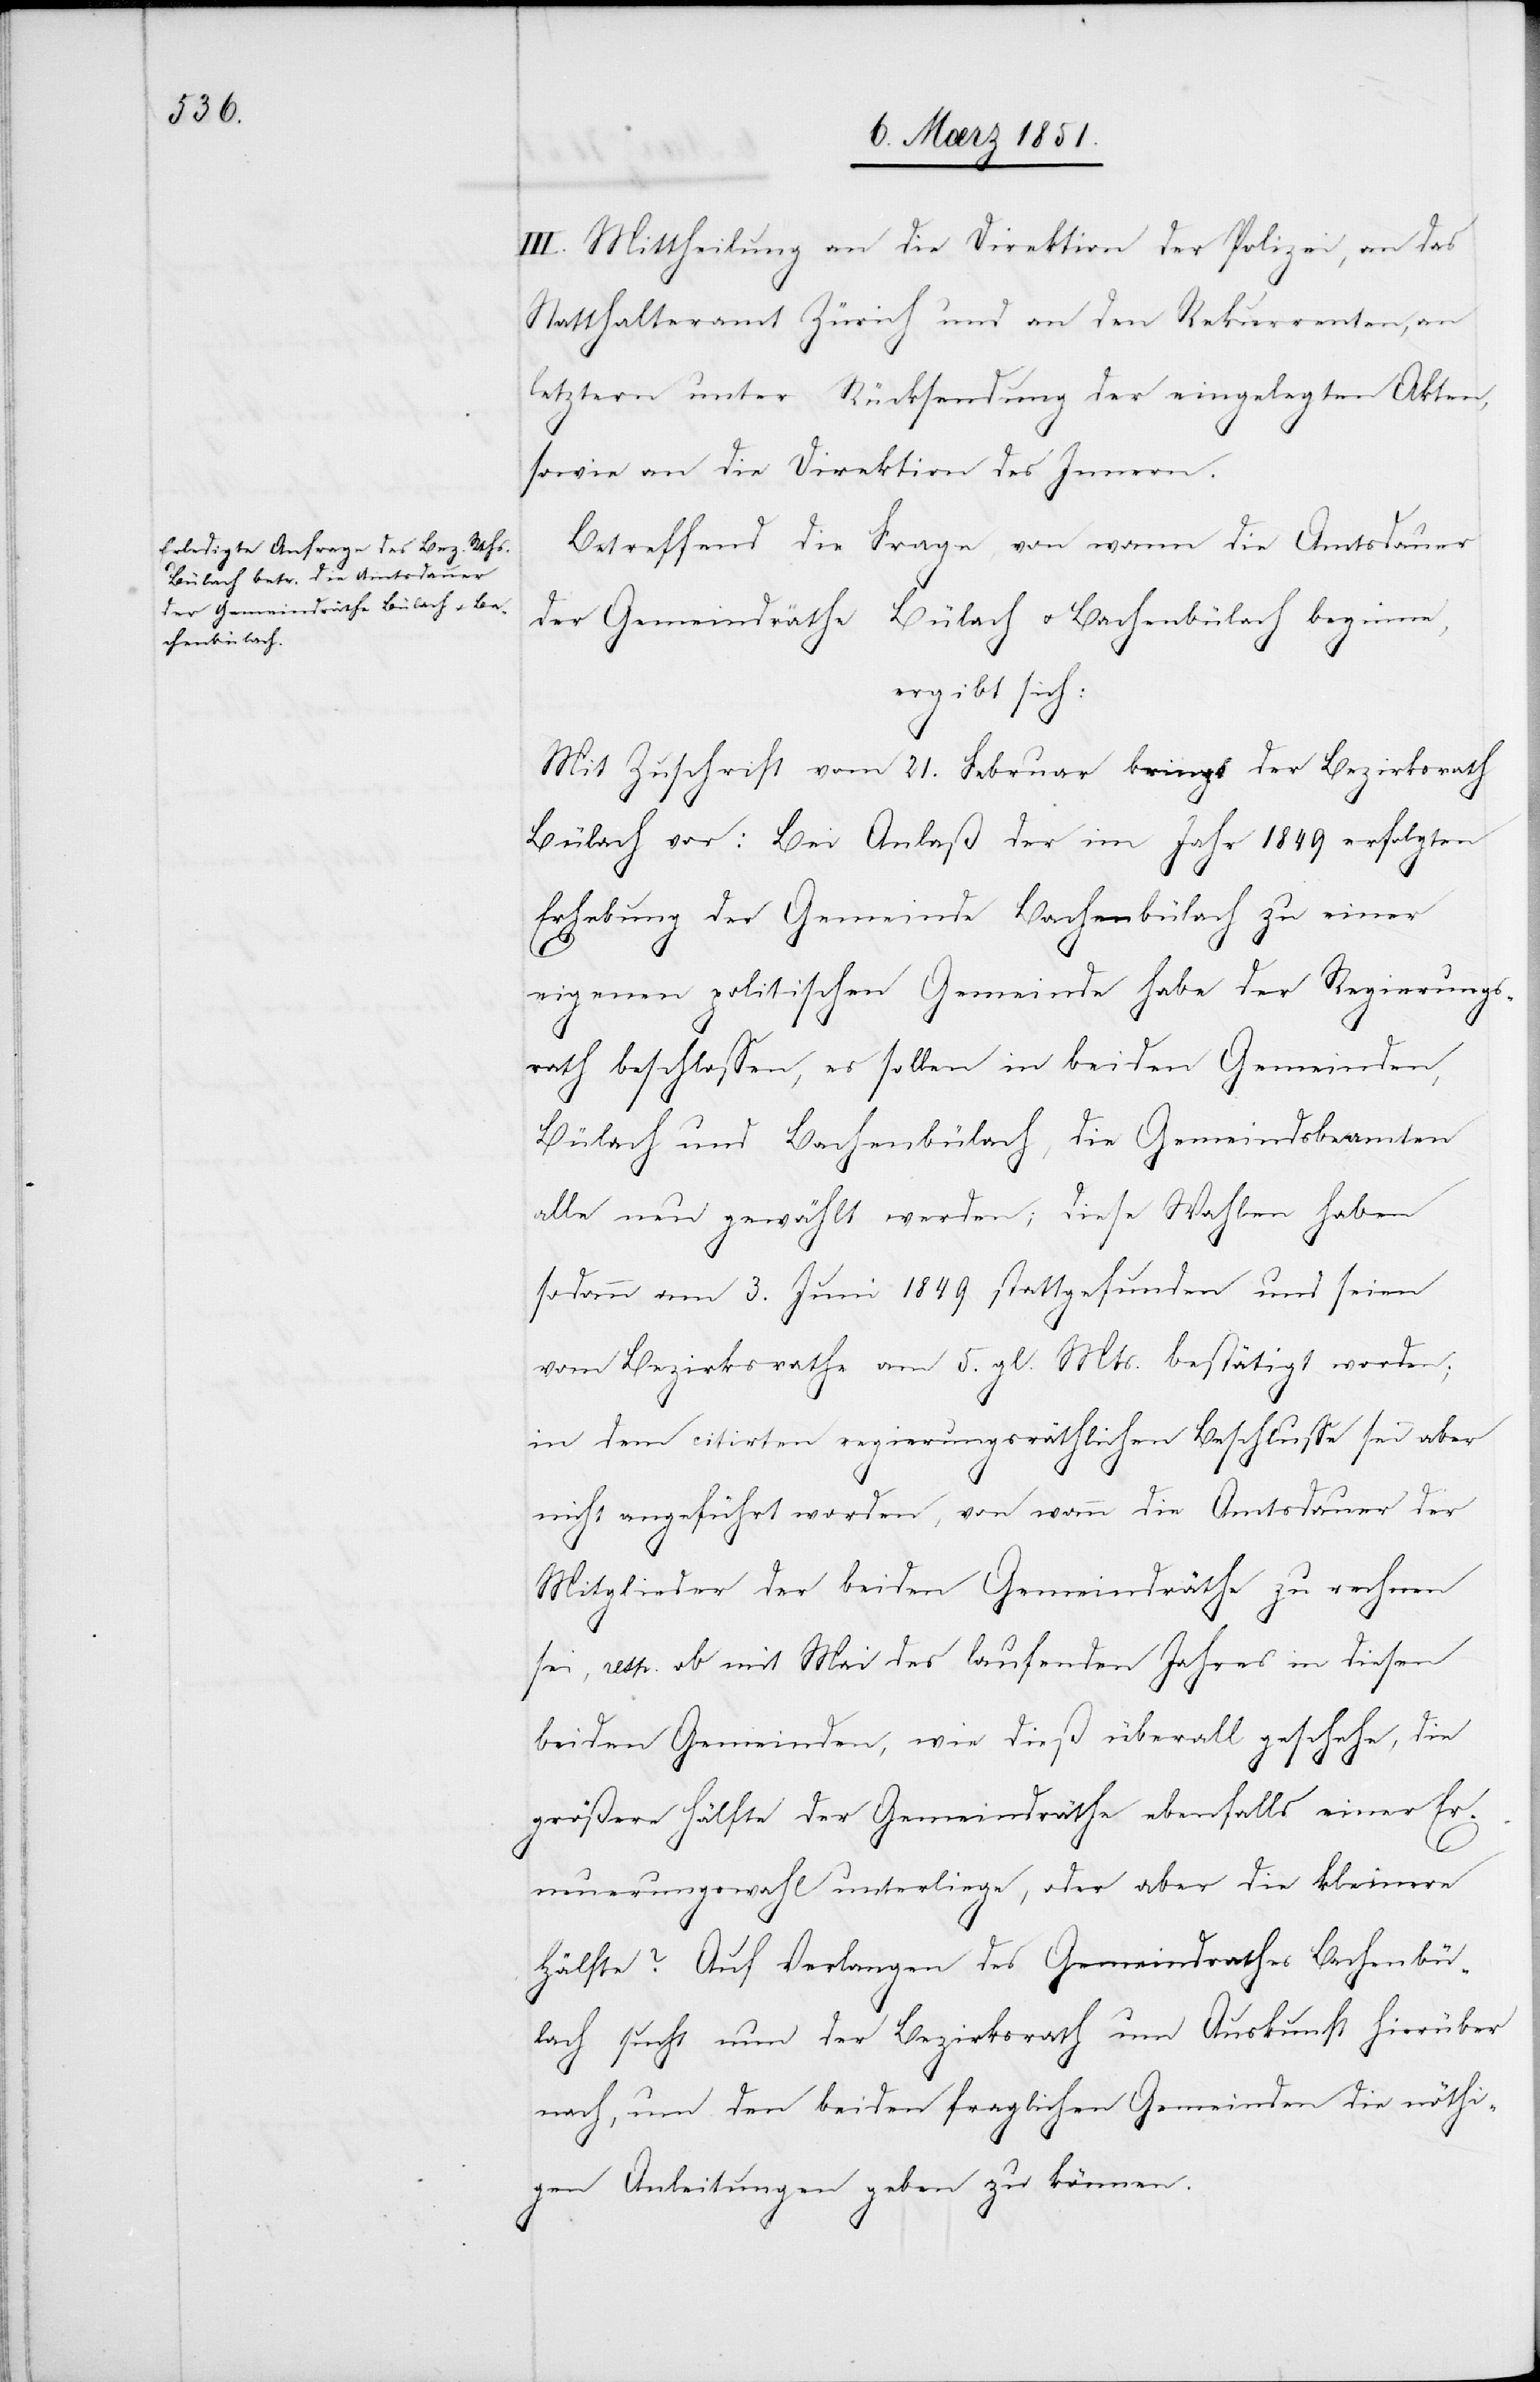
III. Mittheilung an die Direktion der Polizei, an das
Statthalteramt Zürich und an den Rekurrenten, an
letztern unter Rücksendung der eingelegten Akten,
sowie an die Direktion des Innern.
Betreffend die Frage, von wann die Amtsdauer
der Gemeindräthe Bülach u. Bachenbülach beginne,
ergibt sich:
Mit Zuschrift vom 21. Februar bringt der Bezirksrath
Bülach vor: Bei Anlaß der im Jahr 1849 erfolgten
Erhebung der Gemeinde Bachenbülach zu einer
eigenen politischen Gemeinde habe der Regierungs¬
rath beschlossen, es sollen in beiden Gemeinden,
Bülach und Bachenbülach, die Gemeindsbeamten
alle neu gewählt werden; diese Wahlen haben
sodann am 3. Juni 1849 stattgefunden und seien
vom Bezirksrathe am 5. gl. Mts. bestätigt worden;
in dem citirten regierungsräthlichen Beschlusse sei aber
nicht angeführt worden, von wann die Amtsdauer der
Mitglieder der beiden Gemeindräthe zu rechnen
sei, resp. ob mit Mai des laufenden Jahres in diesen
beiden Gemeinden, wie dieß überall geschehe, die
größere Hälfte der Gemeindräthe ebenfalls einer Er¬
neuerungswahl unterliege, oder aber die kleinere
Hälfte? Auf Verlangen des Gemeindrathes Bachenbü¬
lach sucht nun der Bezirksrath um Auskunft hierüber
nach, um den beiden fraglichen Gemeinden die nöthi¬
gen Anleitungen geben zu können.